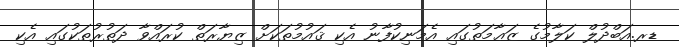
ޑރ.އަބްދުލް ކަލާމުގެ ޒަޢާމަތުގައި އެމަނިކުފާނު އެކި ޤައުމުތަކަށް ޒިޔާރަތް ކުރައްވާ ދަތުރުތަކުގައި އެކި